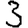
Digit: 3